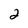
Character: 2